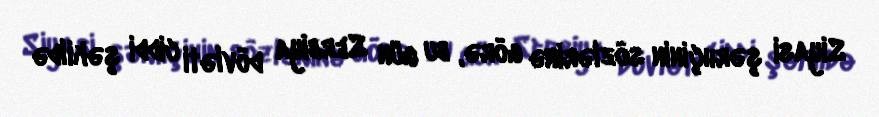
Siyasi şərhçinin sözlərinə görə, bu gün Serbiya dövləti ciddi şəkildə